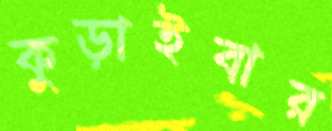
কুড়াইবার